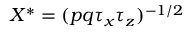
X ^ { * } = ( p q \tau _ { x } \tau _ { z } ) ^ { - 1 / 2 }